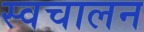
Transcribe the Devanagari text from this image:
स्‍वचालन